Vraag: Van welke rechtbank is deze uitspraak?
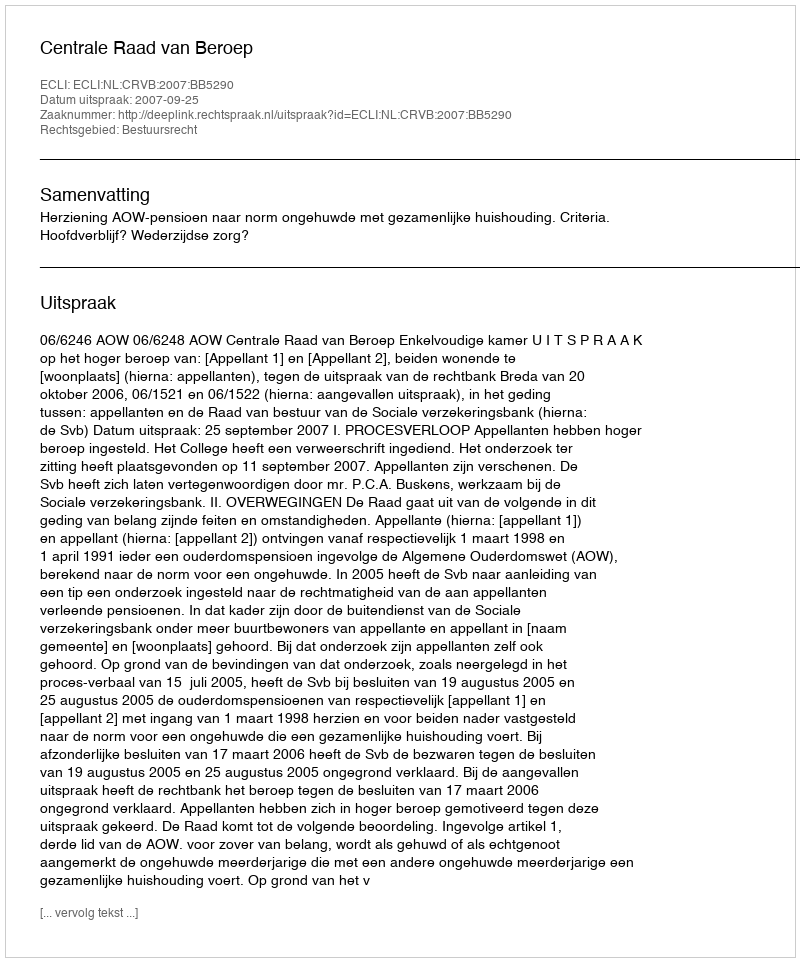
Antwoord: Centrale Raad van Beroep